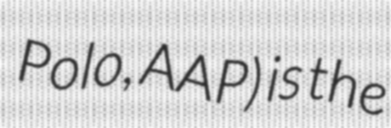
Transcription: Polo, AAP) is the